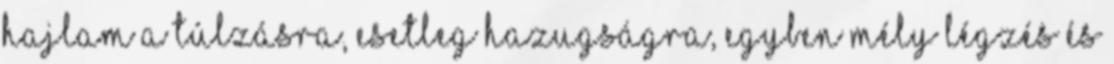
hajlam a túlzásra, esetleg hazugságra, egyben mély légzés és